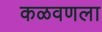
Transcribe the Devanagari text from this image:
कळवणला